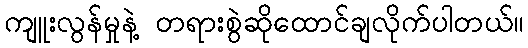
ကျူးလွန်မှုနဲ့ တရားစွဲဆိုထောင်ချလိုက်ပါတယ်။